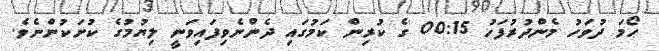
ހޯމަަ ދުވަހު މެންދުރުފަހު 00:15 ގެ ކުރިން ކަމުގައި ދެންނެވިފައިވަނީ ލިޔުމުގެ ކުށަކުންނެވެ.